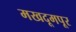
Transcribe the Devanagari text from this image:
मखदूमपूर